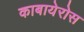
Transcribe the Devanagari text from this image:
काबायेरोस